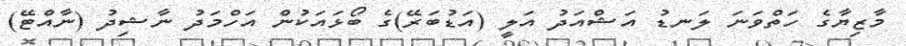
މާޒިޔާގެ ހަތްވަނަ ލަނޑު އަޝްއަދު އަލީ (އަޑުބަރޭ)ގެ ބޯޅައަކުން އަހްމަދު ނާޝިދު (ނާއްޓޭ)